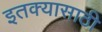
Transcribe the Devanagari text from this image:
इतक्यासाठी